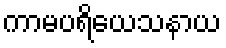
ကာမပရိယေသနာယ